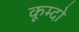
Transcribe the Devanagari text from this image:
कूम्दो